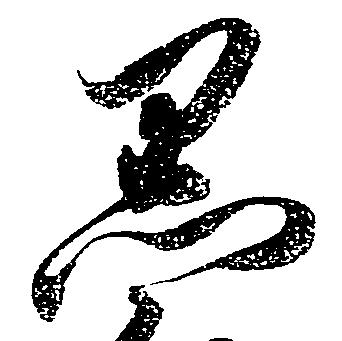
黒